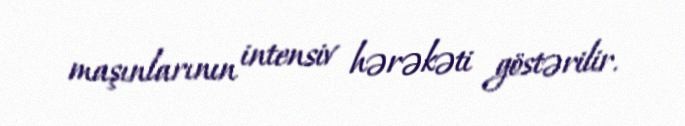
maşınlarının intensiv hərəkəti göstərilir.